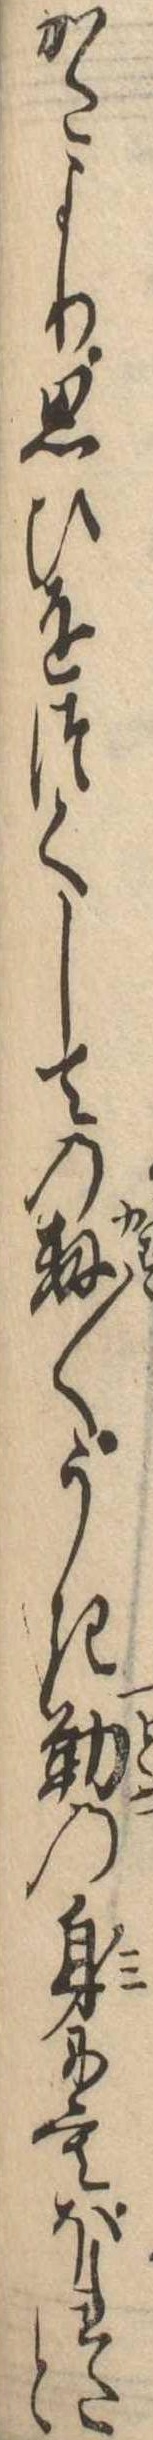
かたより思ひをつくしての数〱うき勤の身にもほれたと